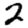
Digit: 2